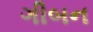
ગીબન